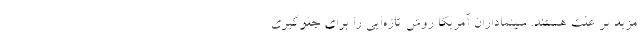
مزید بر علت هستند. سینماداران آمریکا روش تازه‌ایی را برای جلوگیری